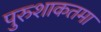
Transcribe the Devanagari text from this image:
पुरुशाकतमा